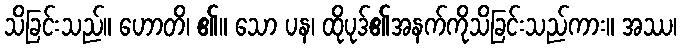
သိခြင်းသည်။ ဟောတိ၊ ၏။ သော ပန၊ ထိုပုဒ်၏အနက်ကိုသိခြင်းသည်ကား။ အဿ၊